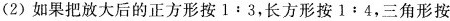
(2)如果把放大后的正方形按1:3，长方形按1:4，三角形按